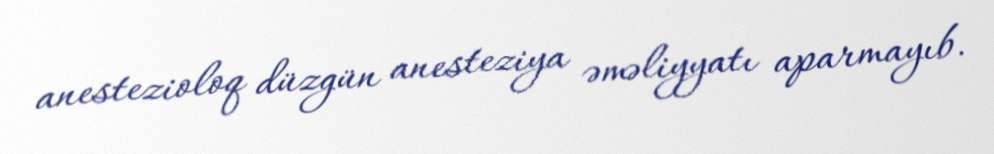
anestezioloq düzgün anesteziya əməliyyatı aparmayıb.